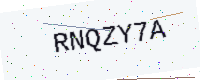
Text: RNQZY7A